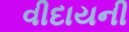
વીદાયની